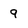
Character: 9